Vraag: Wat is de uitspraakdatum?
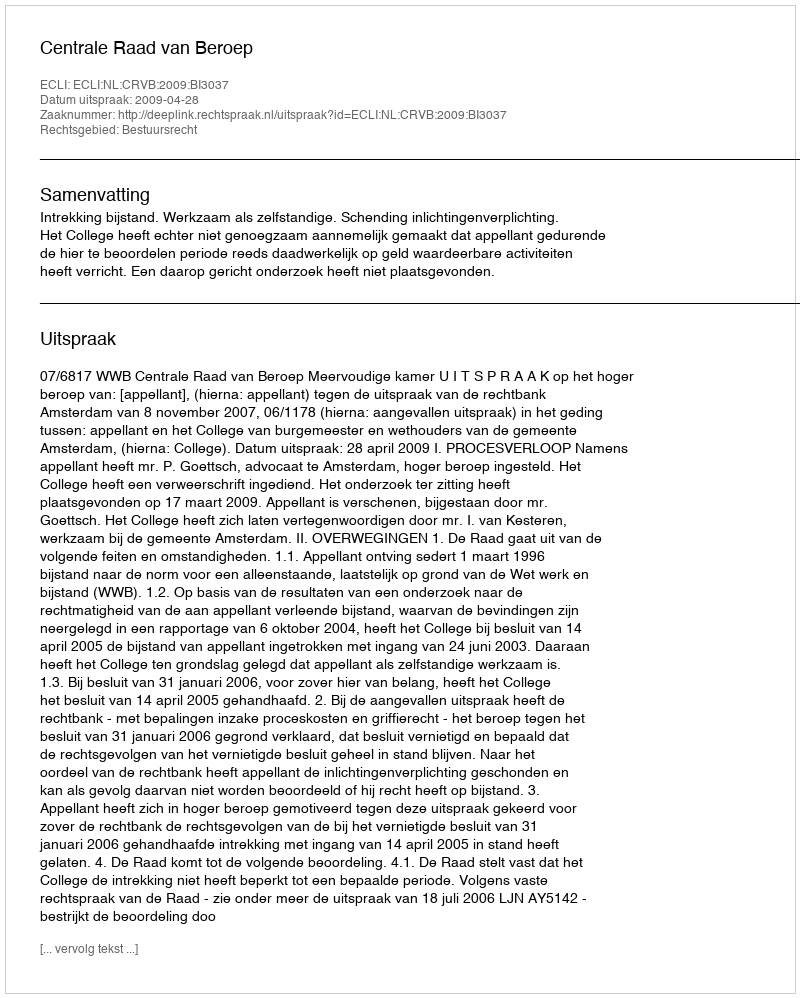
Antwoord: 2009-04-28